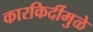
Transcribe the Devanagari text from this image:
कारकिर्दीमुळे